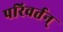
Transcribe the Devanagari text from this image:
परिवर्तन्